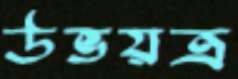
উভয়ত্র